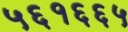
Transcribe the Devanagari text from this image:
५६१६६५